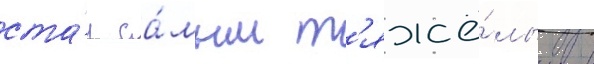
ста́л са́мым т'яжё́лым в